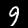
Digit: 9